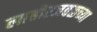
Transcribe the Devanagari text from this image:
लाहोरजवळच्या